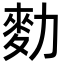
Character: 𪋾